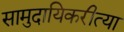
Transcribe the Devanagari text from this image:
सामुदायिकरीत्या